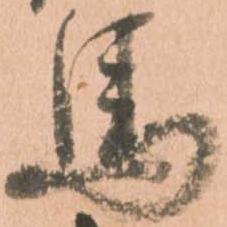
馬